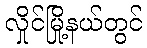
လှိုင်မြို့နယ်တွင်